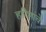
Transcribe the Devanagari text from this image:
हरिणांचे